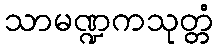
သာမဏ္ဍကသုတ္တံ